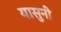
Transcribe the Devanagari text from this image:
यासुनी